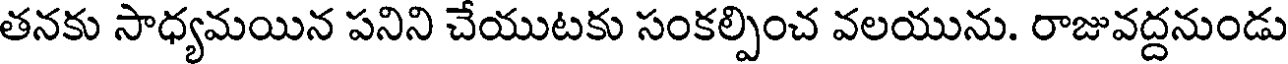
తనకు సాధ్యమయిన పనిని చేయుటకు సంకల్పించ వలయును. రాజువద్దనుండు